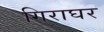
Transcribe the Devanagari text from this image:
गिराघर